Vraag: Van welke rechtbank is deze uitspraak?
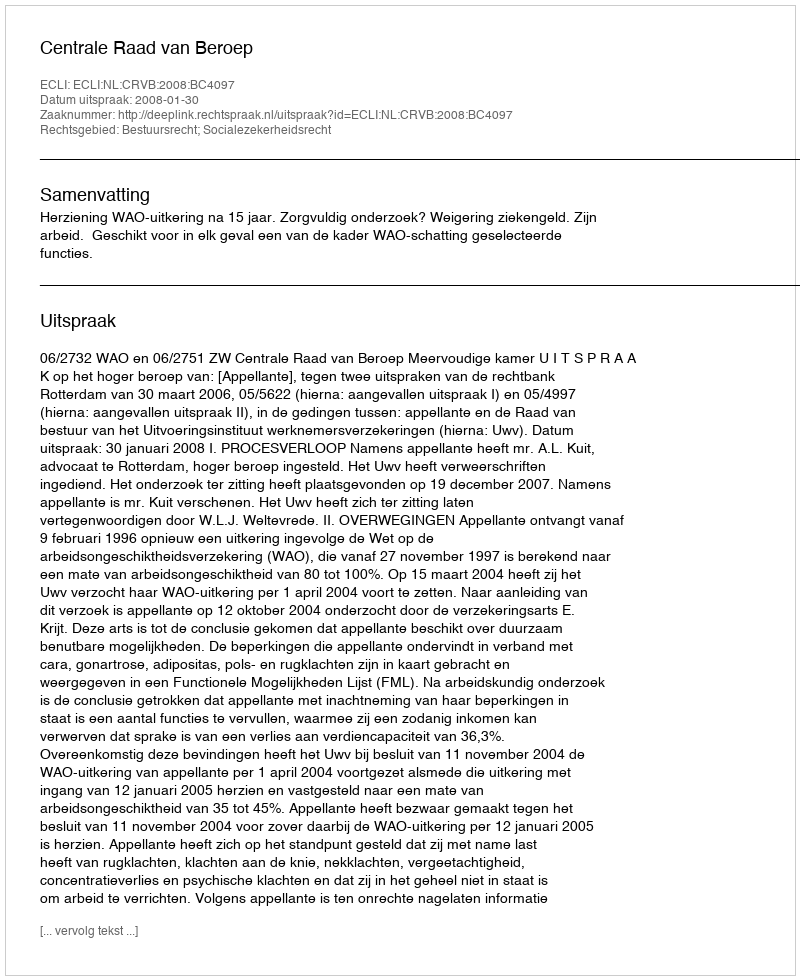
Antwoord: Centrale Raad van Beroep